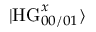
| \mathrm { H G } _ { 0 0 / 0 1 } ^ { x } \rangle